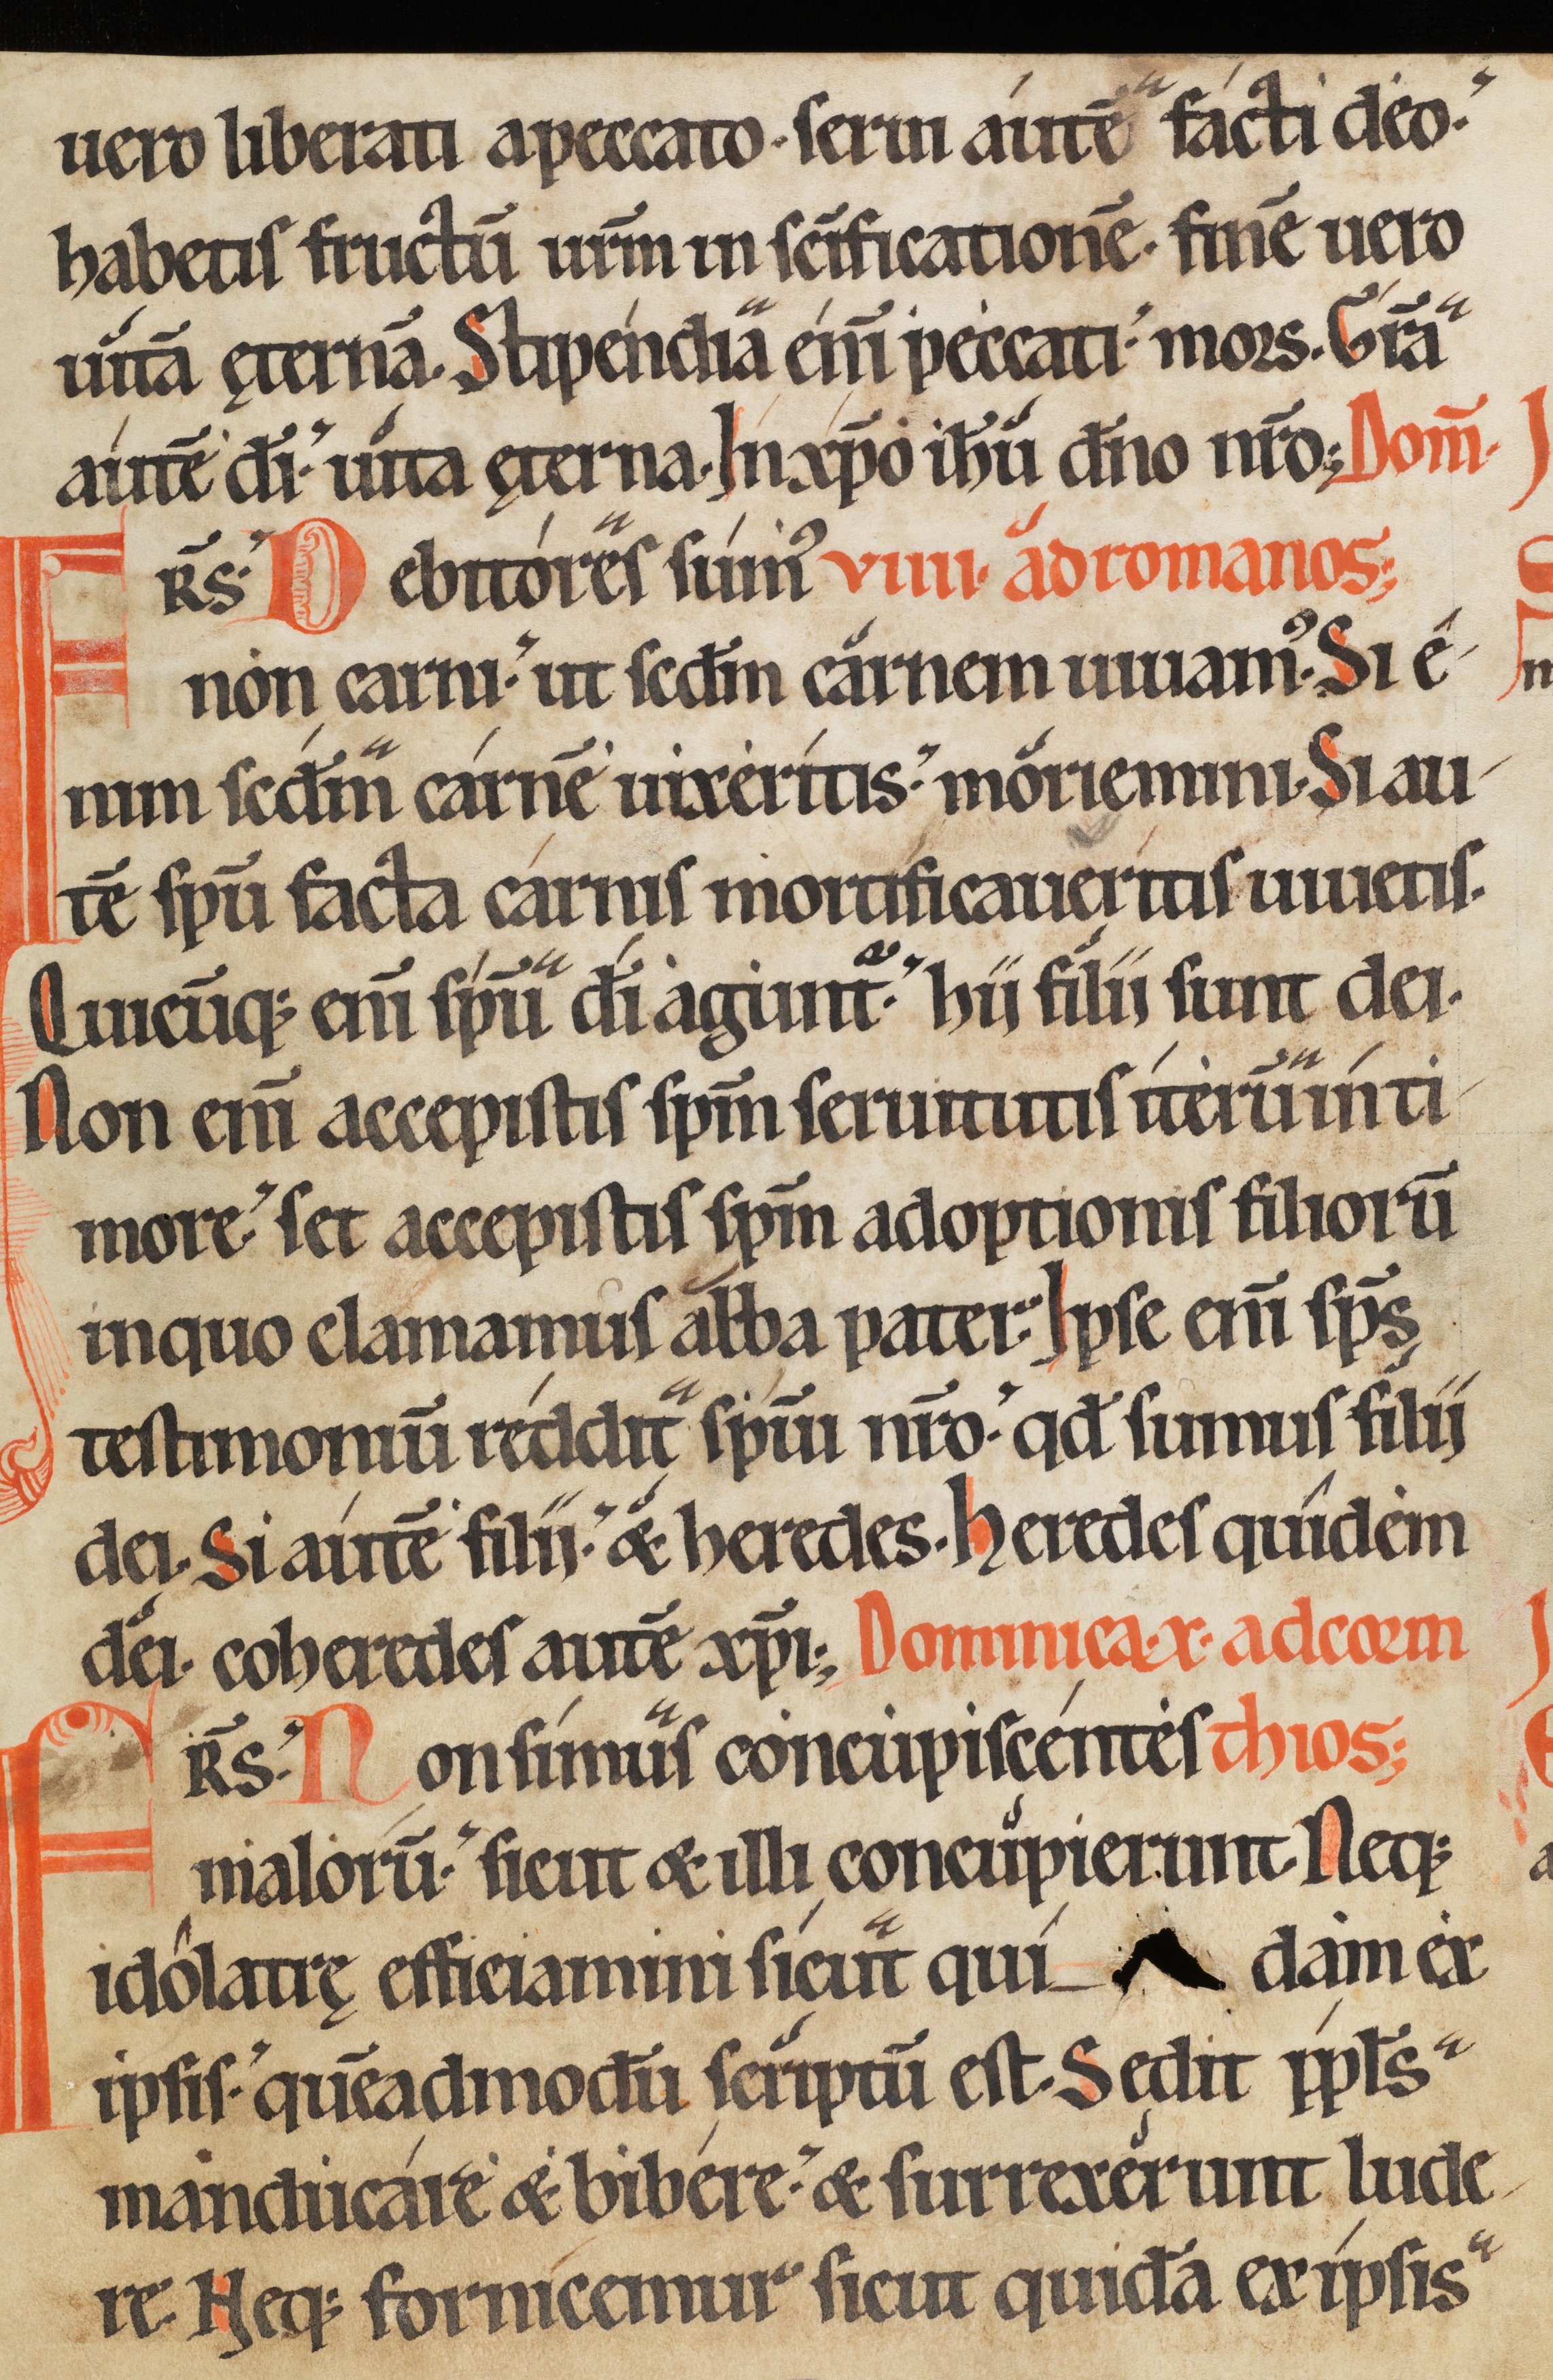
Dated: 1150–1199